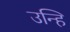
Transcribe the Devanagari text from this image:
उन्हि